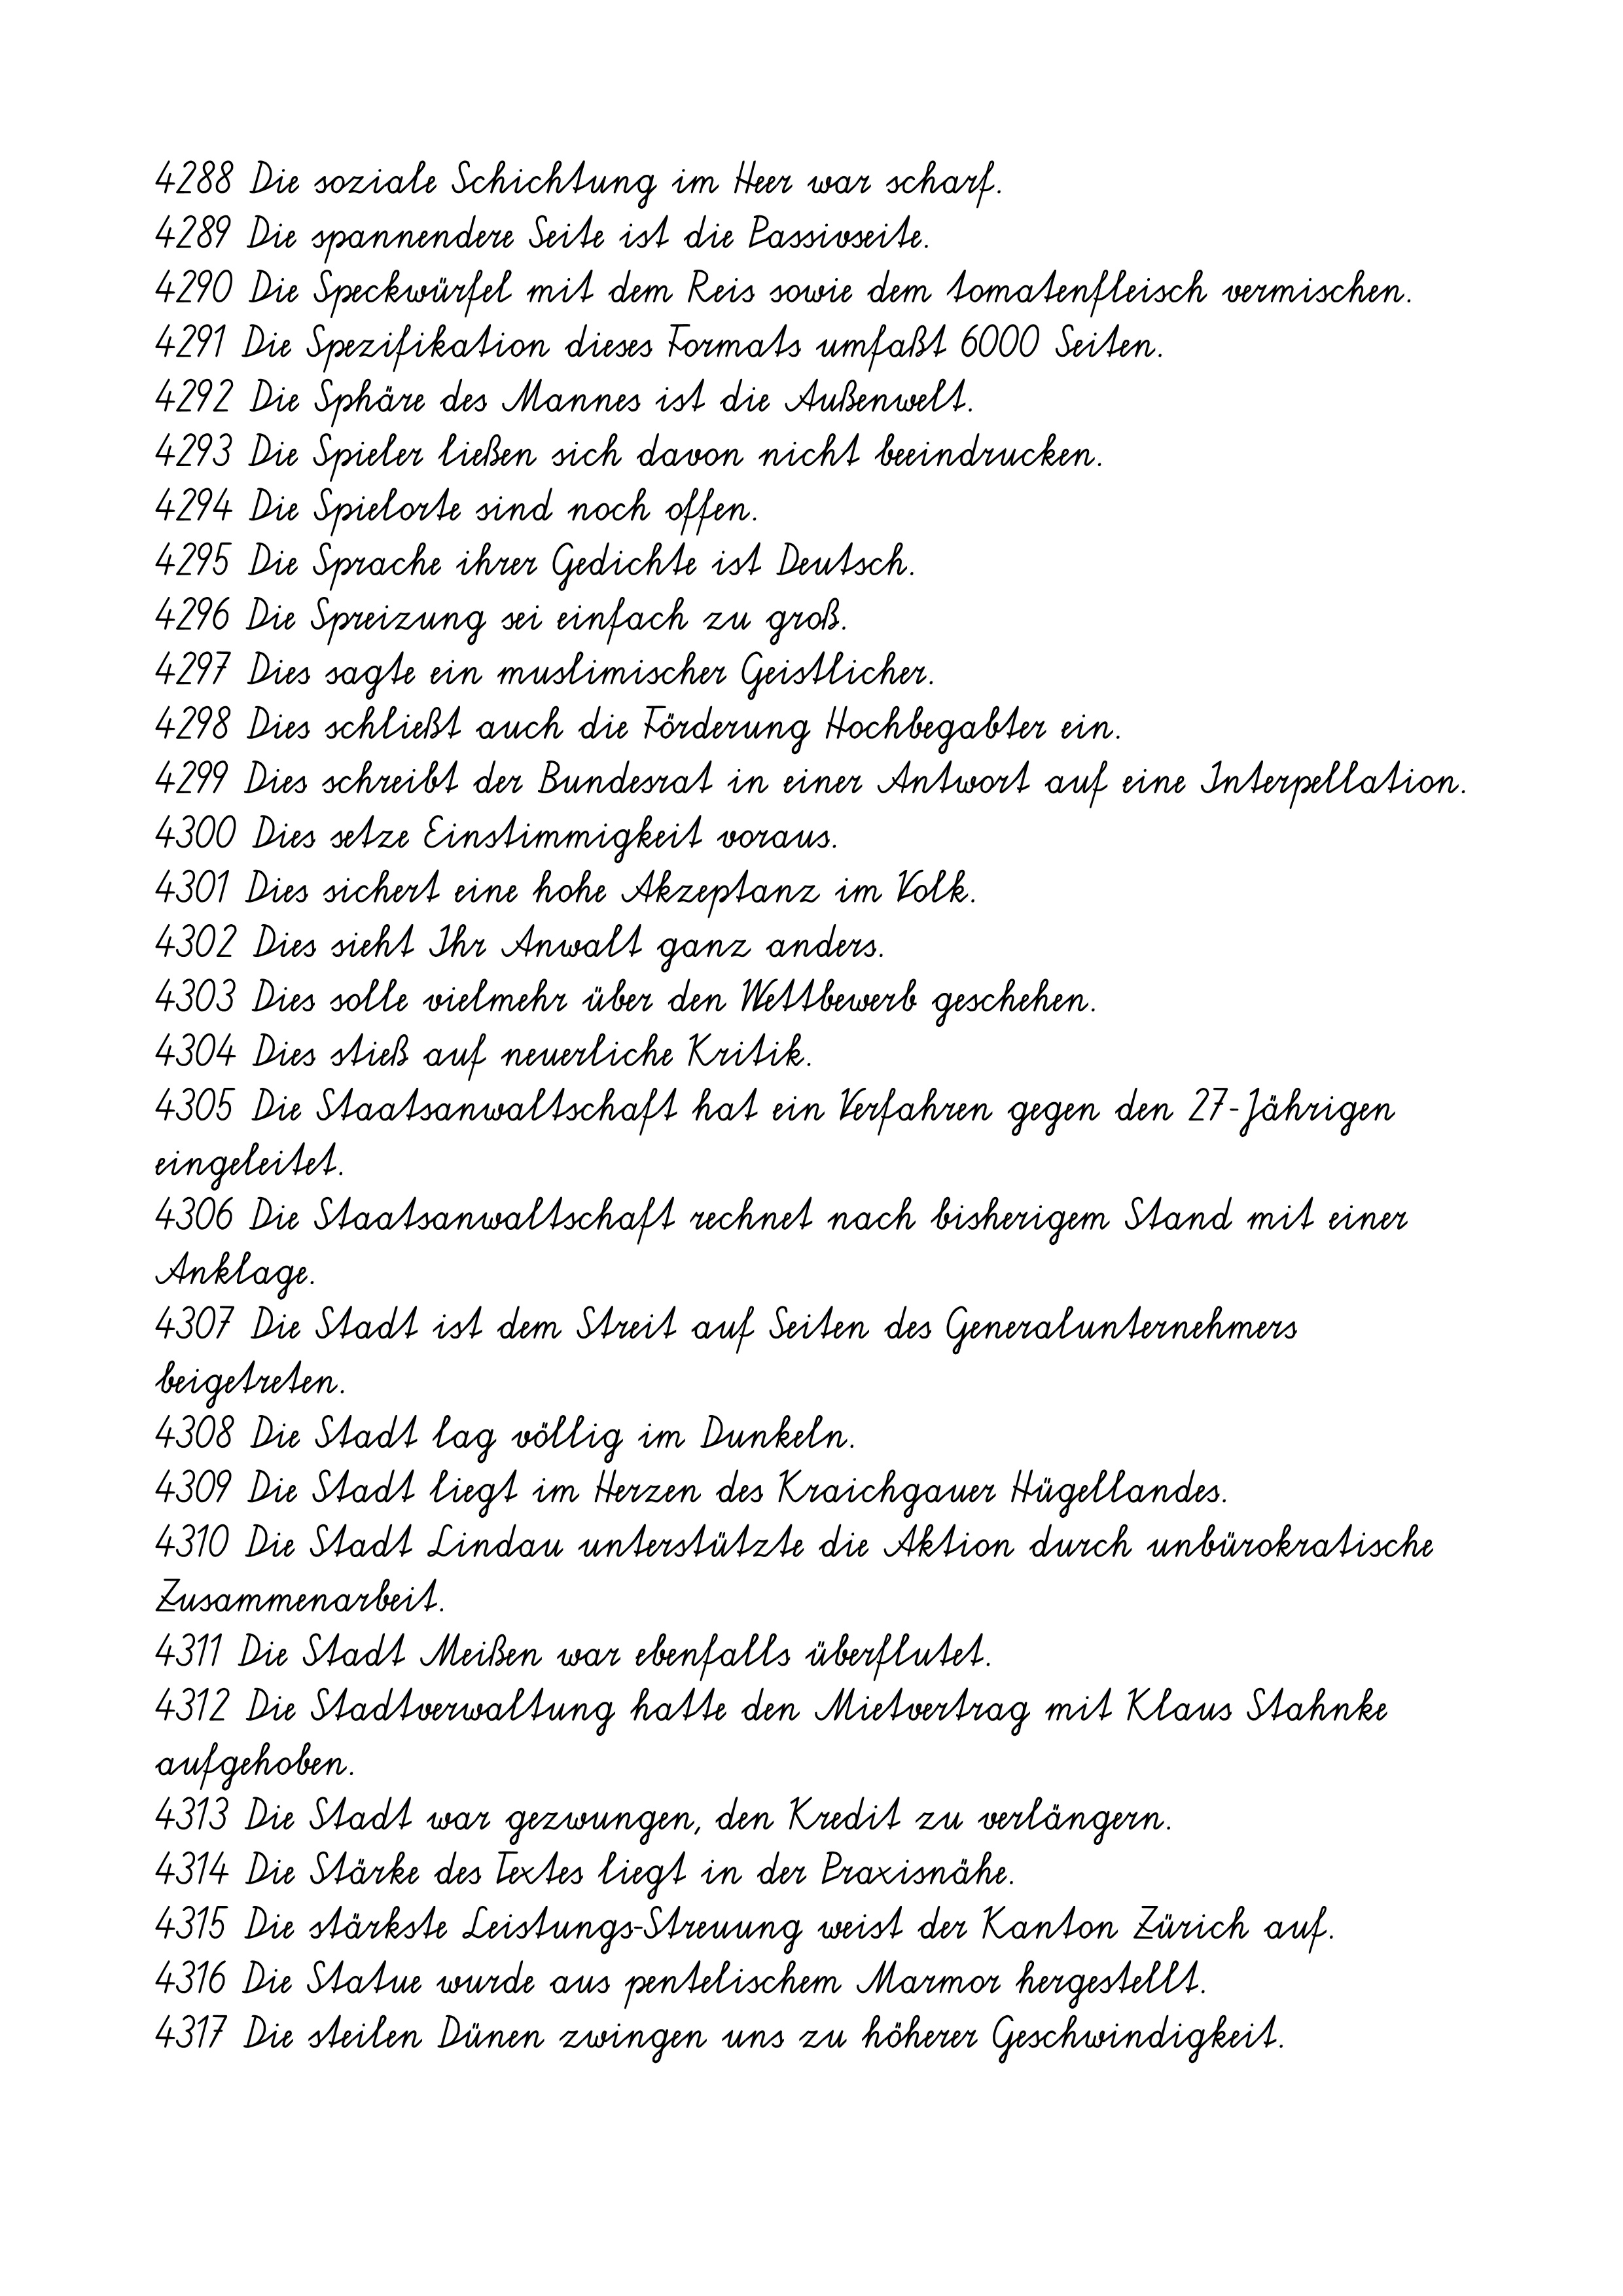
4288 Die soziale Schichtung im Heer war scharf.
4289 Die spannendere Seite ist die Passivseite.
4290 Die Speckwürfel mit dem Reis sowie dem tomatenfleisch vermischen.
4291 Die Spezifikation dieses Formats umfaßt 6000 Seiten.
4292 Die Sphäre des Mannes ist die Außenwelt.
4293 Die Spieler ließen sich davon nicht beeindrucken.
4294 Die Spielorte sind noch offen.
4295 Die Sprache ihrer Gedichte ist Deutsch.
4296 Die Spreizung sei einfach zu groß.
4297 Dies sagte ein muslimischer Geistlicher.
4298 Dies schließt auch die Förderung Hochbegabter ein.
4299 Dies schreibt der Bundesrat in einer Antwort auf eine Interpellation.
4300 Dies setze Einstimmigkeit voraus.
4301 Dies sichert eine hohe Akzeptanz im Volk.
4302 Dies sieht Ihr Anwalt ganz anders.
4303 Dies solle vielmehr über den Wettbewerb geschehen.
4304 Dies stieß auf neuerliche Kritik.
4305 Die Staatsanwaltschaft hat ein Verfahren gegen den 27-Jährigen
eingeleitet.
4306 Die Staatsanwaltschaft rechnet nach bisherigem Stand mit einer
Anklage.
4307 Die Stadt ist dem Streit auf Seiten des Generalunternehmers
beigetreten.
4308 Die Stadt lag völlig im Dunkeln.
4309 Die Stadt liegt im Herzen des Kraichgauer Hügellandes.
4310 Die Stadt Lindau unterstützte die Aktion durch unbürokratische
Zusammenarbeit.
4311 Die Stadt Meißen war ebenfalls überflutet.
4312 Die Stadtverwaltung hatte den Mietvertrag mit Klaus Stahnke
aufgehoben.
4313 Die Stadt war gezwungen, den Kredit zu verlängern.
4314 Die Stärke des Textes liegt in der Praxisnähe.
4315 Die stärkste Leistungs-Streuung weist der Kanton Zürich auf.
4316 Die Statue wurde aus pentelischem Marmor hergestellt.
4317 Die steilen Dünen zwingen uns zu höherer Geschwindigkeit.